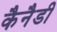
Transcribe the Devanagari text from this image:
कैनैडी